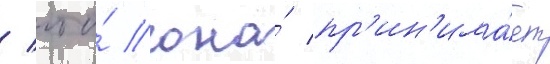
/ что́ она́ пр'ин'има́ет